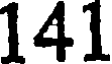
141